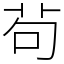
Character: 茍